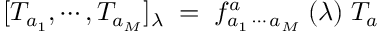
[ T _ { a _ { 1 } } , \cdots , T _ { a _ { M } } ] _ { \lambda } \; = \; f _ { a _ { 1 } \, \cdots \, a _ { M } } ^ { a } \; ( \lambda ) \; T _ { a }